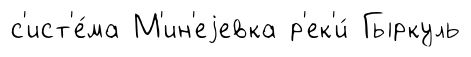
с'ист'е́ма М'ин'еjевка р'ек'и́ Гыркуль